Bréfritari: Hallgrímur Jóhannsson
Viðtakandi: Jón Borgfirðings Jónsson
Dagsetning: A-1857-01-04
Skrifað á: Skinnalóni  N-Þing.

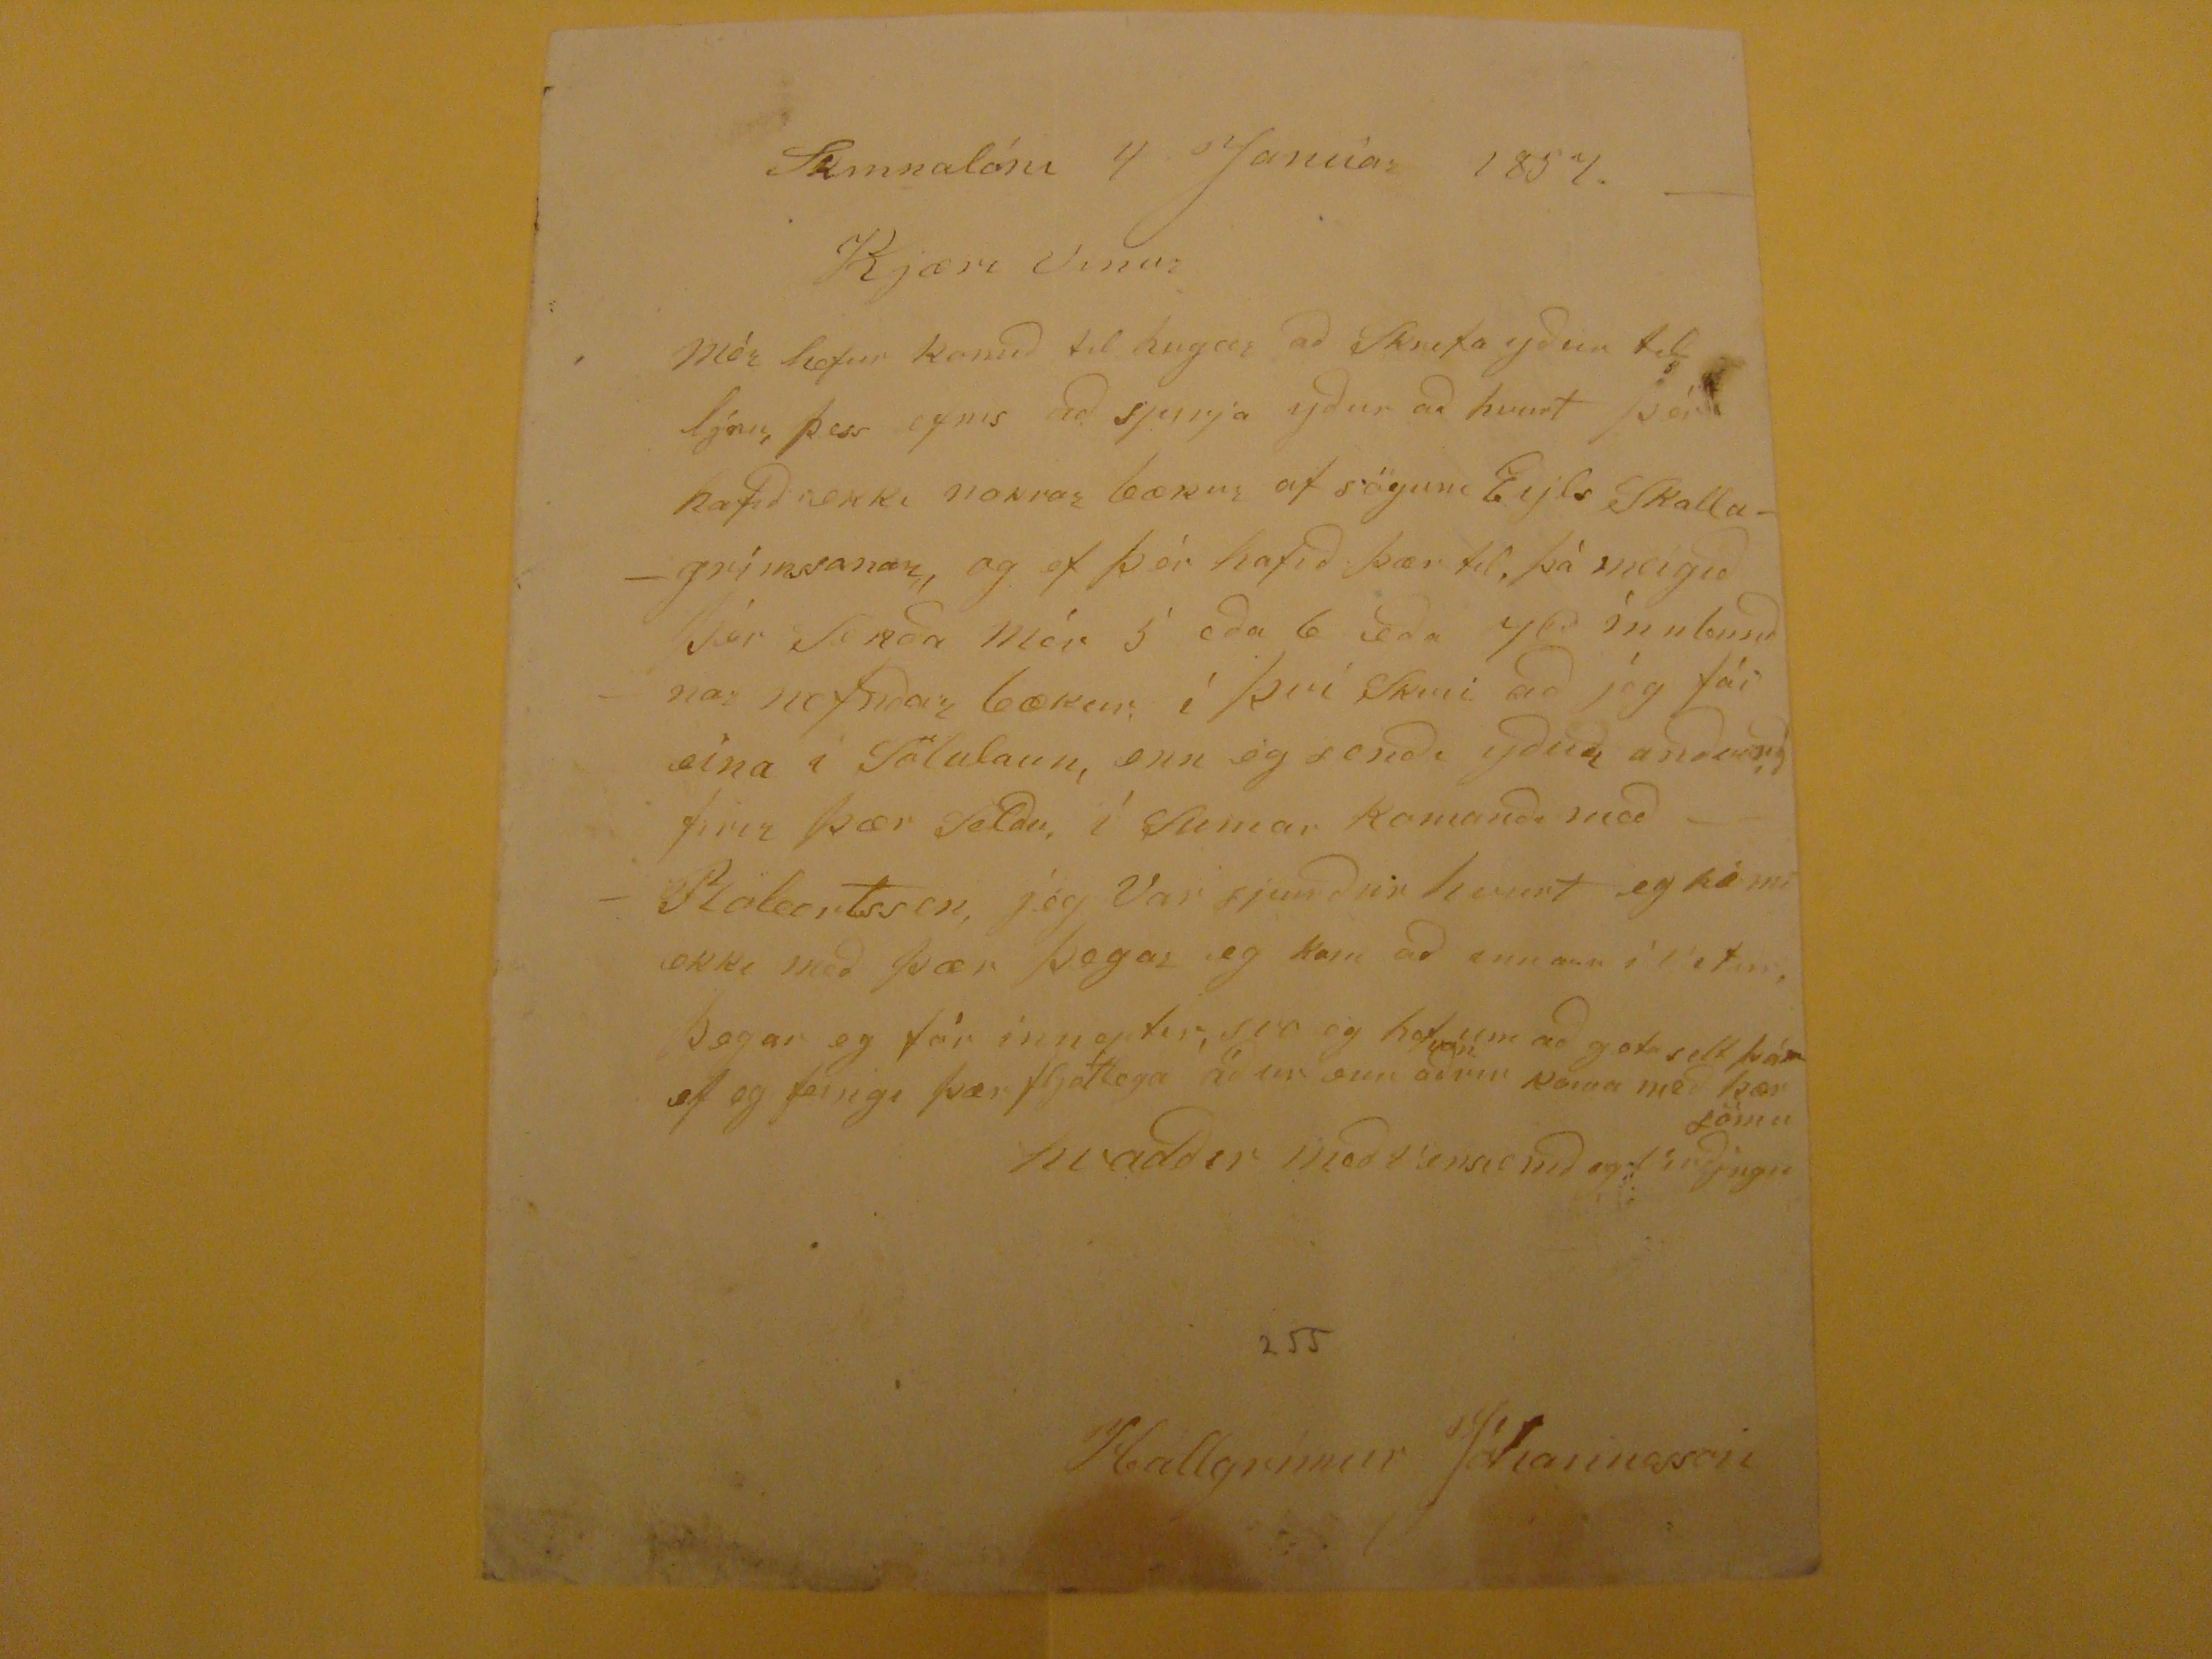

Skinnalóni 4 Janúar 1857.
Kjæri Vinur
Mér hefur komið til hugar að Skrifa yður til
ljnu
þess efnis að spirja yður að hvurt þér hafið ekki nokrar bækur af sögum
Eijls Skallagrímssonar
, og ef þér hafið þær til, þá meigið þér Senða mér 5 eða 6 eða 7
rd
innbunðnar nefnðar bækur; í því skini að jeg fái eina i Sölulaun, enn eg senði yður anðvirði firir þær selðu, í Sumar komanði með
Bolertssen
, jeg Var
sjunður
hvurt eg kemi ekki með þær þegar eg kom að
innann
í Vetur, Þegar eg fór inneptir, svo eg hef um að geta selt
þá
ef eg feingi þær fljótlega að ur enn aðru
var
koma me þær sömu
hvadðir með vinsemð og virðjngu
Hallgrímur Jóhannesson